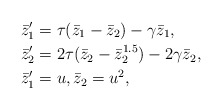
\begin{align*}& \bar{z}'_1=\tau(\bar{z}_1-\bar{z}_2)-\gamma \bar{z}_1, \\& \bar{z}'_2=2\tau(\bar{z}_2-\bar{z}_2^{1.5})-2\gamma \bar{z}_2, \\& \bar{z}'_1=u, \bar{z}_2=u^2, \end{align*}